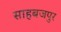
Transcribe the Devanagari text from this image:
साहबजपुर